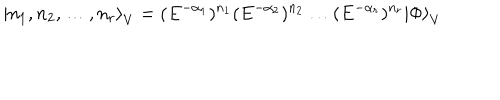
{ \left| n _ { 1 } , n _ { 2 } , \dots , n _ { r } \right\rangle } _ { V } = ( E ^ { - \alpha _ { 1 } } ) ^ { n _ { 1 } } ( E ^ { - \alpha _ { 2 } } ) ^ { n _ { 2 } } \dots ( E ^ { - \alpha _ { r } } ) ^ { n _ { r } } { | \Phi \rangle } _ { V }